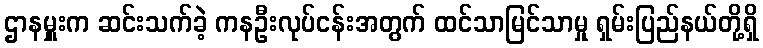
ဌာနမှူးက ဆင်းသက်ခဲ့ ကနဦးလုပ်ငန်းအတွက် ထင်သာမြင်သာမှု ရှမ်းပြည်နယ်တို့ရှိ